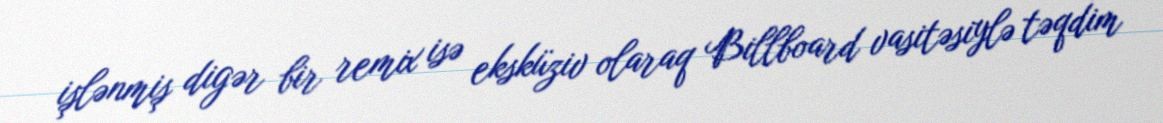
işlənmiş digər bir remix isə eksküziv olaraq Billboard vasitəsiylə təqdim